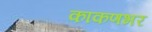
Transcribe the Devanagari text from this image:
काकणभर